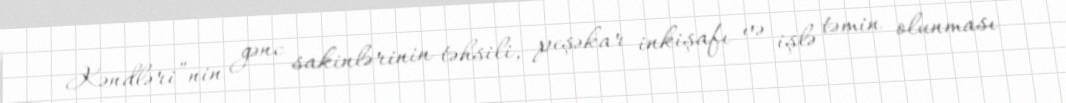
Kəndləri”nin gənc sakinlərinin təhsili, peşəkar inkişafı və işlə təmin olunması